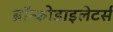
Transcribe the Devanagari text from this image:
ब्रॉन्कोडाइलेटर्स